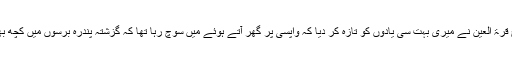
25 اکتوبر کی صبح قرۃ العین نے میری بہت سی یادوں کو تازہ کر دیا کہ واپسی پر گھر آتے ہوئے مَیں سوچ رہا تھا کہ گزشتہ پندرہ برسوں میں کچھ بھی تو نہیں تبدیل ہوا۔